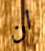
ان